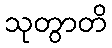
သုတွာတိ